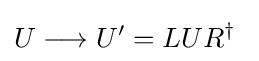
U\longrightarrow U'=LUR^{\dagger }\